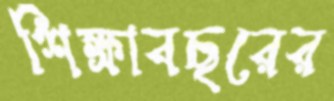
শিক্ষাবছরের